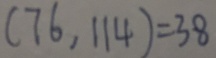
( 7 6 , 1 1 4 ) = 3 8